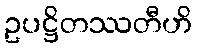
ဥပဋ္ဌိတဿတီဟိ